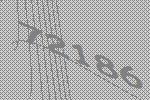
72186